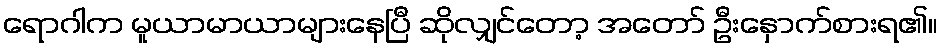
ရောဂါက မူယာမာယာများနေပြီ ဆိုလျှင်တော့ အတော် ဦးနှောက်စားရ၏။